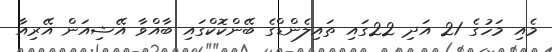
މެއި މަހުގެ 21 އަދި 22ގައި ތައިލެންޑްގެ ބޭންކޮކްގައި ބާއްވާ އޭޝިއަން އޭރިއާ